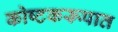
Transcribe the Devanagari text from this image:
कोष्टकरूपात